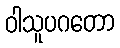
ဝါသူပဂတော